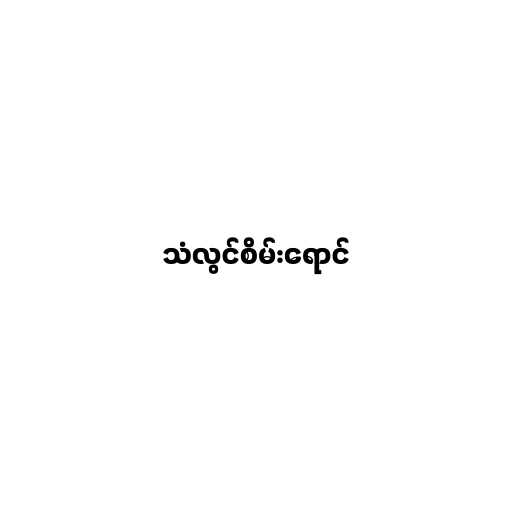
သံလွင်စိမ်းရောင်